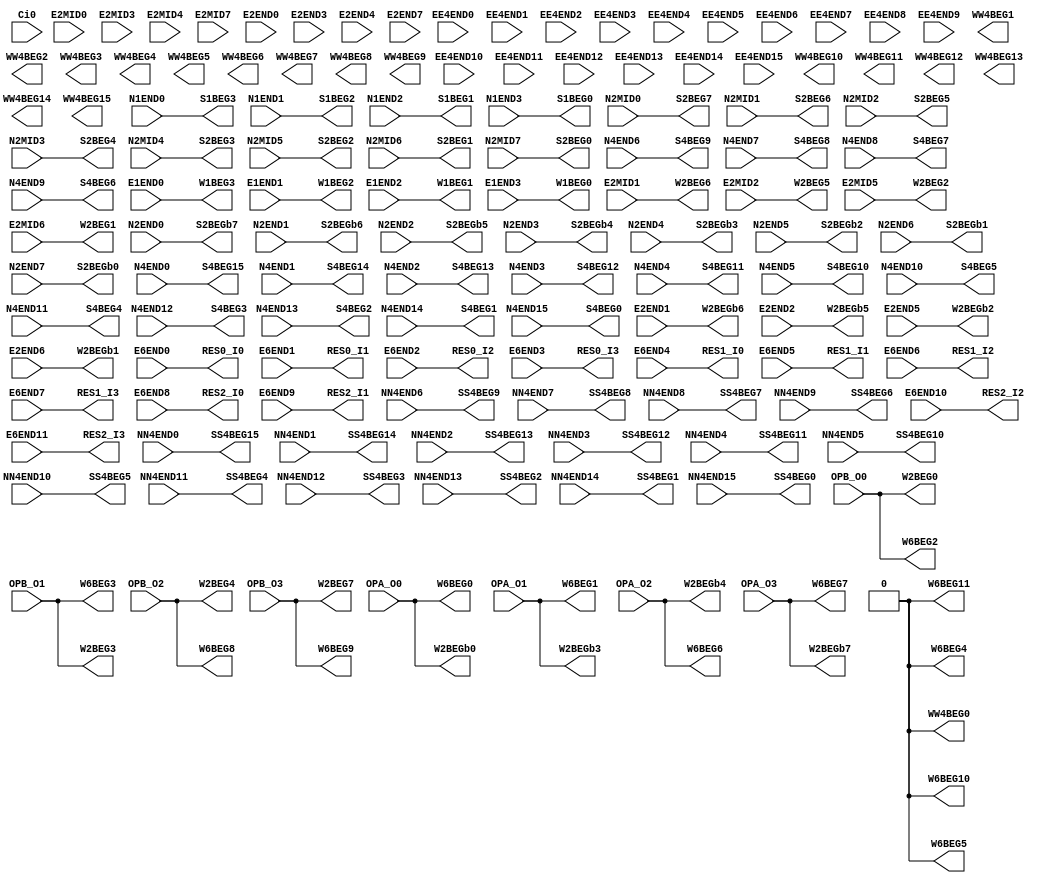
// SPDX-FileCopyrightText: 
// 2021 Nguyen Dao
//
// Licensed under the Apache License, Version 2.0 (the "License");
// you may not use this file except in compliance with the License.
// You may obtain a copy of the License at
//
//      http://www.apache.org/licenses/LICENSE-2.0
//
// Unless required by applicable law or agreed to in writing, software
// distributed under the License is distributed on an "AS IS" BASIS,
// WITHOUT WARRANTIES OR CONDITIONS OF ANY KIND, either express or implied.
// See the License for the specific language governing permissions and
// limitations under the License.
//
// SPDX-License-Identifier: Apache-2.0
//NumberOfConfigBits:0
module E_CPU_IO_bot_switch_matrix (N1END0, N1END1, N1END2, N1END3, N2MID0, N2MID1, N2MID2, N2MID3, N2MID4, N2MID5, N2MID6, N2MID7, N2END0, N2END1, N2END2, N2END3, N2END4, N2END5, N2END6, N2END7, N4END0, N4END1, N4END2, N4END3, N4END4, N4END5, N4END6, N4END7, N4END8, N4END9, N4END10, N4END11, N4END12, N4END13, N4END14, N4END15, NN4END0, NN4END1, NN4END2, NN4END3, NN4END4, NN4END5, NN4END6, NN4END7, NN4END8, NN4END9, NN4END10, NN4END11, NN4END12, NN4END13, NN4END14, NN4END15, Ci0, E1END0, E1END1, E1END2, E1END3, E2MID0, E2MID1, E2MID2, E2MID3, E2MID4, E2MID5, E2MID6, E2MID7, E2END0, E2END1, E2END2, E2END3, E2END4, E2END5, E2END6, E2END7, EE4END0, EE4END1, EE4END2, EE4END3, EE4END4, EE4END5, EE4END6, EE4END7, EE4END8, EE4END9, EE4END10, EE4END11, EE4END12, EE4END13, EE4END14, EE4END15, E6END0, E6END1, E6END2, E6END3, E6END4, E6END5, E6END6, E6END7, E6END8, E6END9, E6END10, E6END11, OPA_O0, OPA_O1, OPA_O2, OPA_O3, OPB_O0, OPB_O1, OPB_O2, OPB_O3, S1BEG0, S1BEG1, S1BEG2, S1BEG3, S2BEG0, S2BEG1, S2BEG2, S2BEG3, S2BEG4, S2BEG5, S2BEG6, S2BEG7, S2BEGb0, S2BEGb1, S2BEGb2, S2BEGb3, S2BEGb4, S2BEGb5, S2BEGb6, S2BEGb7, S4BEG0, S4BEG1, S4BEG2, S4BEG3, S4BEG4, S4BEG5, S4BEG6, S4BEG7, S4BEG8, S4BEG9, S4BEG10, S4BEG11, S4BEG12, S4BEG13, S4BEG14, S4BEG15, SS4BEG0, SS4BEG1, SS4BEG2, SS4BEG3, SS4BEG4, SS4BEG5, SS4BEG6, SS4BEG7, SS4BEG8, SS4BEG9, SS4BEG10, SS4BEG11, SS4BEG12, SS4BEG13, SS4BEG14, SS4BEG15, W1BEG0, W1BEG1, W1BEG2, W1BEG3, W2BEG0, W2BEG1, W2BEG2, W2BEG3, W2BEG4, W2BEG5, W2BEG6, W2BEG7, W2BEGb0, W2BEGb1, W2BEGb2, W2BEGb3, W2BEGb4, W2BEGb5, W2BEGb6, W2BEGb7, WW4BEG0, WW4BEG1, WW4BEG2, WW4BEG3, WW4BEG4, WW4BEG5, WW4BEG6, WW4BEG7, WW4BEG8, WW4BEG9, WW4BEG10, WW4BEG11, WW4BEG12, WW4BEG13, WW4BEG14, WW4BEG15, W6BEG0, W6BEG1, W6BEG2, W6BEG3, W6BEG4, W6BEG5, W6BEG6, W6BEG7, W6BEG8, W6BEG9, W6BEG10, W6BEG11, RES0_I0, RES0_I1, RES0_I2, RES0_I3, RES1_I0, RES1_I1, RES1_I2, RES1_I3, RES2_I0, RES2_I1, RES2_I2, RES2_I3);
	parameter NoConfigBits = 0;
	 // switch matrix inputs
	input N1END0;
	input N1END1;
	input N1END2;
	input N1END3;
	input N2MID0;
	input N2MID1;
	input N2MID2;
	input N2MID3;
	input N2MID4;
	input N2MID5;
	input N2MID6;
	input N2MID7;
	input N2END0;
	input N2END1;
	input N2END2;
	input N2END3;
	input N2END4;
	input N2END5;
	input N2END6;
	input N2END7;
	input N4END0;
	input N4END1;
	input N4END2;
	input N4END3;
	input N4END4;
	input N4END5;
	input N4END6;
	input N4END7;
	input N4END8;
	input N4END9;
	input N4END10;
	input N4END11;
	input N4END12;
	input N4END13;
	input N4END14;
	input N4END15;
	input NN4END0;
	input NN4END1;
	input NN4END2;
	input NN4END3;
	input NN4END4;
	input NN4END5;
	input NN4END6;
	input NN4END7;
	input NN4END8;
	input NN4END9;
	input NN4END10;
	input NN4END11;
	input NN4END12;
	input NN4END13;
	input NN4END14;
	input NN4END15;
	input Ci0;
	input E1END0;
	input E1END1;
	input E1END2;
	input E1END3;
	input E2MID0;
	input E2MID1;
	input E2MID2;
	input E2MID3;
	input E2MID4;
	input E2MID5;
	input E2MID6;
	input E2MID7;
	input E2END0;
	input E2END1;
	input E2END2;
	input E2END3;
	input E2END4;
	input E2END5;
	input E2END6;
	input E2END7;
	input EE4END0;
	input EE4END1;
	input EE4END2;
	input EE4END3;
	input EE4END4;
	input EE4END5;
	input EE4END6;
	input EE4END7;
	input EE4END8;
	input EE4END9;
	input EE4END10;
	input EE4END11;
	input EE4END12;
	input EE4END13;
	input EE4END14;
	input EE4END15;
	input E6END0;
	input E6END1;
	input E6END2;
	input E6END3;
	input E6END4;
	input E6END5;
	input E6END6;
	input E6END7;
	input E6END8;
	input E6END9;
	input E6END10;
	input E6END11;
	input OPA_O0;
	input OPA_O1;
	input OPA_O2;
	input OPA_O3;
	input OPB_O0;
	input OPB_O1;
	input OPB_O2;
	input OPB_O3;
	output S1BEG0;
	output S1BEG1;
	output S1BEG2;
	output S1BEG3;
	output S2BEG0;
	output S2BEG1;
	output S2BEG2;
	output S2BEG3;
	output S2BEG4;
	output S2BEG5;
	output S2BEG6;
	output S2BEG7;
	output S2BEGb0;
	output S2BEGb1;
	output S2BEGb2;
	output S2BEGb3;
	output S2BEGb4;
	output S2BEGb5;
	output S2BEGb6;
	output S2BEGb7;
	output S4BEG0;
	output S4BEG1;
	output S4BEG2;
	output S4BEG3;
	output S4BEG4;
	output S4BEG5;
	output S4BEG6;
	output S4BEG7;
	output S4BEG8;
	output S4BEG9;
	output S4BEG10;
	output S4BEG11;
	output S4BEG12;
	output S4BEG13;
	output S4BEG14;
	output S4BEG15;
	output SS4BEG0;
	output SS4BEG1;
	output SS4BEG2;
	output SS4BEG3;
	output SS4BEG4;
	output SS4BEG5;
	output SS4BEG6;
	output SS4BEG7;
	output SS4BEG8;
	output SS4BEG9;
	output SS4BEG10;
	output SS4BEG11;
	output SS4BEG12;
	output SS4BEG13;
	output SS4BEG14;
	output SS4BEG15;
	output W1BEG0;
	output W1BEG1;
	output W1BEG2;
	output W1BEG3;
	output W2BEG0;
	output W2BEG1;
	output W2BEG2;
	output W2BEG3;
	output W2BEG4;
	output W2BEG5;
	output W2BEG6;
	output W2BEG7;
	output W2BEGb0;
	output W2BEGb1;
	output W2BEGb2;
	output W2BEGb3;
	output W2BEGb4;
	output W2BEGb5;
	output W2BEGb6;
	output W2BEGb7;
	output WW4BEG0;
	output WW4BEG1;
	output WW4BEG2;
	output WW4BEG3;
	output WW4BEG4;
	output WW4BEG5;
	output WW4BEG6;
	output WW4BEG7;
	output WW4BEG8;
	output WW4BEG9;
	output WW4BEG10;
	output WW4BEG11;
	output WW4BEG12;
	output WW4BEG13;
	output WW4BEG14;
	output WW4BEG15;
	output W6BEG0;
	output W6BEG1;
	output W6BEG2;
	output W6BEG3;
	output W6BEG4;
	output W6BEG5;
	output W6BEG6;
	output W6BEG7;
	output W6BEG8;
	output W6BEG9;
	output W6BEG10;
	output W6BEG11;
	output RES0_I0;
	output RES0_I1;
	output RES0_I2;
	output RES0_I3;
	output RES1_I0;
	output RES1_I1;
	output RES1_I2;
	output RES1_I3;
	output RES2_I0;
	output RES2_I1;
	output RES2_I2;
	output RES2_I3;
	//global


	parameter GND0 = 1'b0;
	parameter GND = 1'b0;
	parameter VCC0 = 1'b1;
	parameter VCC = 1'b1;
	parameter VDD0 = 1'b1;
	parameter VDD = 1'b1;
	
	wire [1-1:0] S1BEG0_input;
	wire [1-1:0] S1BEG1_input;
	wire [1-1:0] S1BEG2_input;
	wire [1-1:0] S1BEG3_input;
	wire [1-1:0] S2BEG0_input;
	wire [1-1:0] S2BEG1_input;
	wire [1-1:0] S2BEG2_input;
	wire [1-1:0] S2BEG3_input;
	wire [1-1:0] S2BEG4_input;
	wire [1-1:0] S2BEG5_input;
	wire [1-1:0] S2BEG6_input;
	wire [1-1:0] S2BEG7_input;
	wire [1-1:0] S2BEGb0_input;
	wire [1-1:0] S2BEGb1_input;
	wire [1-1:0] S2BEGb2_input;
	wire [1-1:0] S2BEGb3_input;
	wire [1-1:0] S2BEGb4_input;
	wire [1-1:0] S2BEGb5_input;
	wire [1-1:0] S2BEGb6_input;
	wire [1-1:0] S2BEGb7_input;
	wire [1-1:0] S4BEG0_input;
	wire [1-1:0] S4BEG1_input;
	wire [1-1:0] S4BEG2_input;
	wire [1-1:0] S4BEG3_input;
	wire [1-1:0] S4BEG4_input;
	wire [1-1:0] S4BEG5_input;
	wire [1-1:0] S4BEG6_input;
	wire [1-1:0] S4BEG7_input;
	wire [1-1:0] S4BEG8_input;
	wire [1-1:0] S4BEG9_input;
	wire [1-1:0] S4BEG10_input;
	wire [1-1:0] S4BEG11_input;
	wire [1-1:0] S4BEG12_input;
	wire [1-1:0] S4BEG13_input;
	wire [1-1:0] S4BEG14_input;
	wire [1-1:0] S4BEG15_input;
	wire [1-1:0] SS4BEG0_input;
	wire [1-1:0] SS4BEG1_input;
	wire [1-1:0] SS4BEG2_input;
	wire [1-1:0] SS4BEG3_input;
	wire [1-1:0] SS4BEG4_input;
	wire [1-1:0] SS4BEG5_input;
	wire [1-1:0] SS4BEG6_input;
	wire [1-1:0] SS4BEG7_input;
	wire [1-1:0] SS4BEG8_input;
	wire [1-1:0] SS4BEG9_input;
	wire [1-1:0] SS4BEG10_input;
	wire [1-1:0] SS4BEG11_input;
	wire [1-1:0] SS4BEG12_input;
	wire [1-1:0] SS4BEG13_input;
	wire [1-1:0] SS4BEG14_input;
	wire [1-1:0] SS4BEG15_input;
	wire [1-1:0] W1BEG0_input;
	wire [1-1:0] W1BEG1_input;
	wire [1-1:0] W1BEG2_input;
	wire [1-1:0] W1BEG3_input;
	wire [1-1:0] W2BEG0_input;
	wire [1-1:0] W2BEG1_input;
	wire [1-1:0] W2BEG2_input;
	wire [1-1:0] W2BEG3_input;
	wire [1-1:0] W2BEG4_input;
	wire [1-1:0] W2BEG5_input;
	wire [1-1:0] W2BEG6_input;
	wire [1-1:0] W2BEG7_input;
	wire [1-1:0] W2BEGb0_input;
	wire [1-1:0] W2BEGb1_input;
	wire [1-1:0] W2BEGb2_input;
	wire [1-1:0] W2BEGb3_input;
	wire [1-1:0] W2BEGb4_input;
	wire [1-1:0] W2BEGb5_input;
	wire [1-1:0] W2BEGb6_input;
	wire [1-1:0] W2BEGb7_input;
	wire [0-1:0] WW4BEG0_input;
	wire [0-1:0] WW4BEG1_input;
	wire [0-1:0] WW4BEG2_input;
	wire [0-1:0] WW4BEG3_input;
	wire [0-1:0] WW4BEG4_input;
	wire [0-1:0] WW4BEG5_input;
	wire [0-1:0] WW4BEG6_input;
	wire [0-1:0] WW4BEG7_input;
	wire [0-1:0] WW4BEG8_input;
	wire [0-1:0] WW4BEG9_input;
	wire [0-1:0] WW4BEG10_input;
	wire [0-1:0] WW4BEG11_input;
	wire [0-1:0] WW4BEG12_input;
	wire [0-1:0] WW4BEG13_input;
	wire [0-1:0] WW4BEG14_input;
	wire [0-1:0] WW4BEG15_input;
	wire [1-1:0] W6BEG0_input;
	wire [1-1:0] W6BEG1_input;
	wire [1-1:0] W6BEG2_input;
	wire [1-1:0] W6BEG3_input;
	wire [1-1:0] W6BEG4_input;
	wire [1-1:0] W6BEG5_input;
	wire [1-1:0] W6BEG6_input;
	wire [1-1:0] W6BEG7_input;
	wire [1-1:0] W6BEG8_input;
	wire [1-1:0] W6BEG9_input;
	wire [1-1:0] W6BEG10_input;
	wire [1-1:0] W6BEG11_input;
	wire [1-1:0] RES0_I0_input;
	wire [1-1:0] RES0_I1_input;
	wire [1-1:0] RES0_I2_input;
	wire [1-1:0] RES0_I3_input;
	wire [1-1:0] RES1_I0_input;
	wire [1-1:0] RES1_I1_input;
	wire [1-1:0] RES1_I2_input;
	wire [1-1:0] RES1_I3_input;
	wire [1-1:0] RES2_I0_input;
	wire [1-1:0] RES2_I1_input;
	wire [1-1:0] RES2_I2_input;
	wire [1-1:0] RES2_I3_input;


// The configuration bits (if any) are just a long shift register

// This shift register is padded to an even number of flops/latches
// switch matrix multiplexer  S1BEG0 		MUX-1
	assign S1BEG0 = N1END3;
// switch matrix multiplexer  S1BEG1 		MUX-1
	assign S1BEG1 = N1END2;
// switch matrix multiplexer  S1BEG2 		MUX-1
	assign S1BEG2 = N1END1;
// switch matrix multiplexer  S1BEG3 		MUX-1
	assign S1BEG3 = N1END0;
// switch matrix multiplexer  S2BEG0 		MUX-1
	assign S2BEG0 = N2MID7;
// switch matrix multiplexer  S2BEG1 		MUX-1
	assign S2BEG1 = N2MID6;
// switch matrix multiplexer  S2BEG2 		MUX-1
	assign S2BEG2 = N2MID5;
// switch matrix multiplexer  S2BEG3 		MUX-1
	assign S2BEG3 = N2MID4;
// switch matrix multiplexer  S2BEG4 		MUX-1
	assign S2BEG4 = N2MID3;
// switch matrix multiplexer  S2BEG5 		MUX-1
	assign S2BEG5 = N2MID2;
// switch matrix multiplexer  S2BEG6 		MUX-1
	assign S2BEG6 = N2MID1;
// switch matrix multiplexer  S2BEG7 		MUX-1
	assign S2BEG7 = N2MID0;
// switch matrix multiplexer  S2BEGb0 		MUX-1
	assign S2BEGb0 = N2END7;
// switch matrix multiplexer  S2BEGb1 		MUX-1
	assign S2BEGb1 = N2END6;
// switch matrix multiplexer  S2BEGb2 		MUX-1
	assign S2BEGb2 = N2END5;
// switch matrix multiplexer  S2BEGb3 		MUX-1
	assign S2BEGb3 = N2END4;
// switch matrix multiplexer  S2BEGb4 		MUX-1
	assign S2BEGb4 = N2END3;
// switch matrix multiplexer  S2BEGb5 		MUX-1
	assign S2BEGb5 = N2END2;
// switch matrix multiplexer  S2BEGb6 		MUX-1
	assign S2BEGb6 = N2END1;
// switch matrix multiplexer  S2BEGb7 		MUX-1
	assign S2BEGb7 = N2END0;
// switch matrix multiplexer  S4BEG0 		MUX-1
	assign S4BEG0 = N4END15;
// switch matrix multiplexer  S4BEG1 		MUX-1
	assign S4BEG1 = N4END14;
// switch matrix multiplexer  S4BEG2 		MUX-1
	assign S4BEG2 = N4END13;
// switch matrix multiplexer  S4BEG3 		MUX-1
	assign S4BEG3 = N4END12;
// switch matrix multiplexer  S4BEG4 		MUX-1
	assign S4BEG4 = N4END11;
// switch matrix multiplexer  S4BEG5 		MUX-1
	assign S4BEG5 = N4END10;
// switch matrix multiplexer  S4BEG6 		MUX-1
	assign S4BEG6 = N4END9;
// switch matrix multiplexer  S4BEG7 		MUX-1
	assign S4BEG7 = N4END8;
// switch matrix multiplexer  S4BEG8 		MUX-1
	assign S4BEG8 = N4END7;
// switch matrix multiplexer  S4BEG9 		MUX-1
	assign S4BEG9 = N4END6;
// switch matrix multiplexer  S4BEG10 		MUX-1
	assign S4BEG10 = N4END5;
// switch matrix multiplexer  S4BEG11 		MUX-1
	assign S4BEG11 = N4END4;
// switch matrix multiplexer  S4BEG12 		MUX-1
	assign S4BEG12 = N4END3;
// switch matrix multiplexer  S4BEG13 		MUX-1
	assign S4BEG13 = N4END2;
// switch matrix multiplexer  S4BEG14 		MUX-1
	assign S4BEG14 = N4END1;
// switch matrix multiplexer  S4BEG15 		MUX-1
	assign S4BEG15 = N4END0;
// switch matrix multiplexer  SS4BEG0 		MUX-1
	assign SS4BEG0 = NN4END15;
// switch matrix multiplexer  SS4BEG1 		MUX-1
	assign SS4BEG1 = NN4END14;
// switch matrix multiplexer  SS4BEG2 		MUX-1
	assign SS4BEG2 = NN4END13;
// switch matrix multiplexer  SS4BEG3 		MUX-1
	assign SS4BEG3 = NN4END12;
// switch matrix multiplexer  SS4BEG4 		MUX-1
	assign SS4BEG4 = NN4END11;
// switch matrix multiplexer  SS4BEG5 		MUX-1
	assign SS4BEG5 = NN4END10;
// switch matrix multiplexer  SS4BEG6 		MUX-1
	assign SS4BEG6 = NN4END9;
// switch matrix multiplexer  SS4BEG7 		MUX-1
	assign SS4BEG7 = NN4END8;
// switch matrix multiplexer  SS4BEG8 		MUX-1
	assign SS4BEG8 = NN4END7;
// switch matrix multiplexer  SS4BEG9 		MUX-1
	assign SS4BEG9 = NN4END6;
// switch matrix multiplexer  SS4BEG10 		MUX-1
	assign SS4BEG10 = NN4END5;
// switch matrix multiplexer  SS4BEG11 		MUX-1
	assign SS4BEG11 = NN4END4;
// switch matrix multiplexer  SS4BEG12 		MUX-1
	assign SS4BEG12 = NN4END3;
// switch matrix multiplexer  SS4BEG13 		MUX-1
	assign SS4BEG13 = NN4END2;
// switch matrix multiplexer  SS4BEG14 		MUX-1
	assign SS4BEG14 = NN4END1;
// switch matrix multiplexer  SS4BEG15 		MUX-1
	assign SS4BEG15 = NN4END0;
// switch matrix multiplexer  W1BEG0 		MUX-1
	assign W1BEG0 = E1END3;
// switch matrix multiplexer  W1BEG1 		MUX-1
	assign W1BEG1 = E1END2;
// switch matrix multiplexer  W1BEG2 		MUX-1
	assign W1BEG2 = E1END1;
// switch matrix multiplexer  W1BEG3 		MUX-1
	assign W1BEG3 = E1END0;
// switch matrix multiplexer  W2BEG0 		MUX-1
	assign W2BEG0 = OPB_O0;
// switch matrix multiplexer  W2BEG1 		MUX-1
	assign W2BEG1 = E2MID6;
// switch matrix multiplexer  W2BEG2 		MUX-1
	assign W2BEG2 = E2MID5;
// switch matrix multiplexer  W2BEG3 		MUX-1
	assign W2BEG3 = OPB_O1;
// switch matrix multiplexer  W2BEG4 		MUX-1
	assign W2BEG4 = OPB_O2;
// switch matrix multiplexer  W2BEG5 		MUX-1
	assign W2BEG5 = E2MID2;
// switch matrix multiplexer  W2BEG6 		MUX-1
	assign W2BEG6 = E2MID1;
// switch matrix multiplexer  W2BEG7 		MUX-1
	assign W2BEG7 = OPB_O3;
// switch matrix multiplexer  W2BEGb0 		MUX-1
	assign W2BEGb0 = OPA_O0;
// switch matrix multiplexer  W2BEGb1 		MUX-1
	assign W2BEGb1 = E2END6;
// switch matrix multiplexer  W2BEGb2 		MUX-1
	assign W2BEGb2 = E2END5;
// switch matrix multiplexer  W2BEGb3 		MUX-1
	assign W2BEGb3 = OPA_O1;
// switch matrix multiplexer  W2BEGb4 		MUX-1
	assign W2BEGb4 = OPA_O2;
// switch matrix multiplexer  W2BEGb5 		MUX-1
	assign W2BEGb5 = E2END2;
// switch matrix multiplexer  W2BEGb6 		MUX-1
	assign W2BEGb6 = E2END1;
// switch matrix multiplexer  W2BEGb7 		MUX-1
	assign W2BEGb7 = OPA_O3;
// switch matrix multiplexer  WW4BEG0 		MUX-0
// WARNING unused multiplexer MUX-WW4BEG0
// switch matrix multiplexer  WW4BEG1 		MUX-0
// WARNING unused multiplexer MUX-WW4BEG1
// switch matrix multiplexer  WW4BEG2 		MUX-0
// WARNING unused multiplexer MUX-WW4BEG2
// switch matrix multiplexer  WW4BEG3 		MUX-0
// WARNING unused multiplexer MUX-WW4BEG3
// switch matrix multiplexer  WW4BEG4 		MUX-0
// WARNING unused multiplexer MUX-WW4BEG4
// switch matrix multiplexer  WW4BEG5 		MUX-0
// WARNING unused multiplexer MUX-WW4BEG5
// switch matrix multiplexer  WW4BEG6 		MUX-0
// WARNING unused multiplexer MUX-WW4BEG6
// switch matrix multiplexer  WW4BEG7 		MUX-0
// WARNING unused multiplexer MUX-WW4BEG7
// switch matrix multiplexer  WW4BEG8 		MUX-0
// WARNING unused multiplexer MUX-WW4BEG8
// switch matrix multiplexer  WW4BEG9 		MUX-0
// WARNING unused multiplexer MUX-WW4BEG9
// switch matrix multiplexer  WW4BEG10 		MUX-0
// WARNING unused multiplexer MUX-WW4BEG10
// switch matrix multiplexer  WW4BEG11 		MUX-0
// WARNING unused multiplexer MUX-WW4BEG11
// switch matrix multiplexer  WW4BEG12 		MUX-0
// WARNING unused multiplexer MUX-WW4BEG12
// switch matrix multiplexer  WW4BEG13 		MUX-0
// WARNING unused multiplexer MUX-WW4BEG13
// switch matrix multiplexer  WW4BEG14 		MUX-0
// WARNING unused multiplexer MUX-WW4BEG14
// switch matrix multiplexer  WW4BEG15 		MUX-0
// WARNING unused multiplexer MUX-WW4BEG15
// switch matrix multiplexer  W6BEG0 		MUX-1
	assign W6BEG0 = OPA_O0;
// switch matrix multiplexer  W6BEG1 		MUX-1
	assign W6BEG1 = OPA_O1;
// switch matrix multiplexer  W6BEG2 		MUX-1
	assign W6BEG2 = OPB_O0;
// switch matrix multiplexer  W6BEG3 		MUX-1
	assign W6BEG3 = OPB_O1;
// switch matrix multiplexer  W6BEG4 		MUX-1
	assign W6BEG4 = GND0;
// switch matrix multiplexer  W6BEG5 		MUX-1
	assign W6BEG5 = GND0;
// switch matrix multiplexer  W6BEG6 		MUX-1
	assign W6BEG6 = OPA_O2;
// switch matrix multiplexer  W6BEG7 		MUX-1
	assign W6BEG7 = OPA_O3;
// switch matrix multiplexer  W6BEG8 		MUX-1
	assign W6BEG8 = OPB_O2;
// switch matrix multiplexer  W6BEG9 		MUX-1
	assign W6BEG9 = OPB_O3;
// switch matrix multiplexer  W6BEG10 		MUX-1
	assign W6BEG10 = GND0;
// switch matrix multiplexer  W6BEG11 		MUX-1
	assign W6BEG11 = GND0;
// switch matrix multiplexer  RES0_I0 		MUX-1
	assign RES0_I0 = E6END0;
// switch matrix multiplexer  RES0_I1 		MUX-1
	assign RES0_I1 = E6END1;
// switch matrix multiplexer  RES0_I2 		MUX-1
	assign RES0_I2 = E6END2;
// switch matrix multiplexer  RES0_I3 		MUX-1
	assign RES0_I3 = E6END3;
// switch matrix multiplexer  RES1_I0 		MUX-1
	assign RES1_I0 = E6END4;
// switch matrix multiplexer  RES1_I1 		MUX-1
	assign RES1_I1 = E6END5;
// switch matrix multiplexer  RES1_I2 		MUX-1
	assign RES1_I2 = E6END6;
// switch matrix multiplexer  RES1_I3 		MUX-1
	assign RES1_I3 = E6END7;
// switch matrix multiplexer  RES2_I0 		MUX-1
	assign RES2_I0 = E6END8;
// switch matrix multiplexer  RES2_I1 		MUX-1
	assign RES2_I1 = E6END9;
// switch matrix multiplexer  RES2_I2 		MUX-1
	assign RES2_I2 = E6END10;
// switch matrix multiplexer  RES2_I3 		MUX-1
	assign RES2_I3 = E6END11;

endmodule